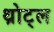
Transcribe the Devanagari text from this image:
थ्रोट्ल